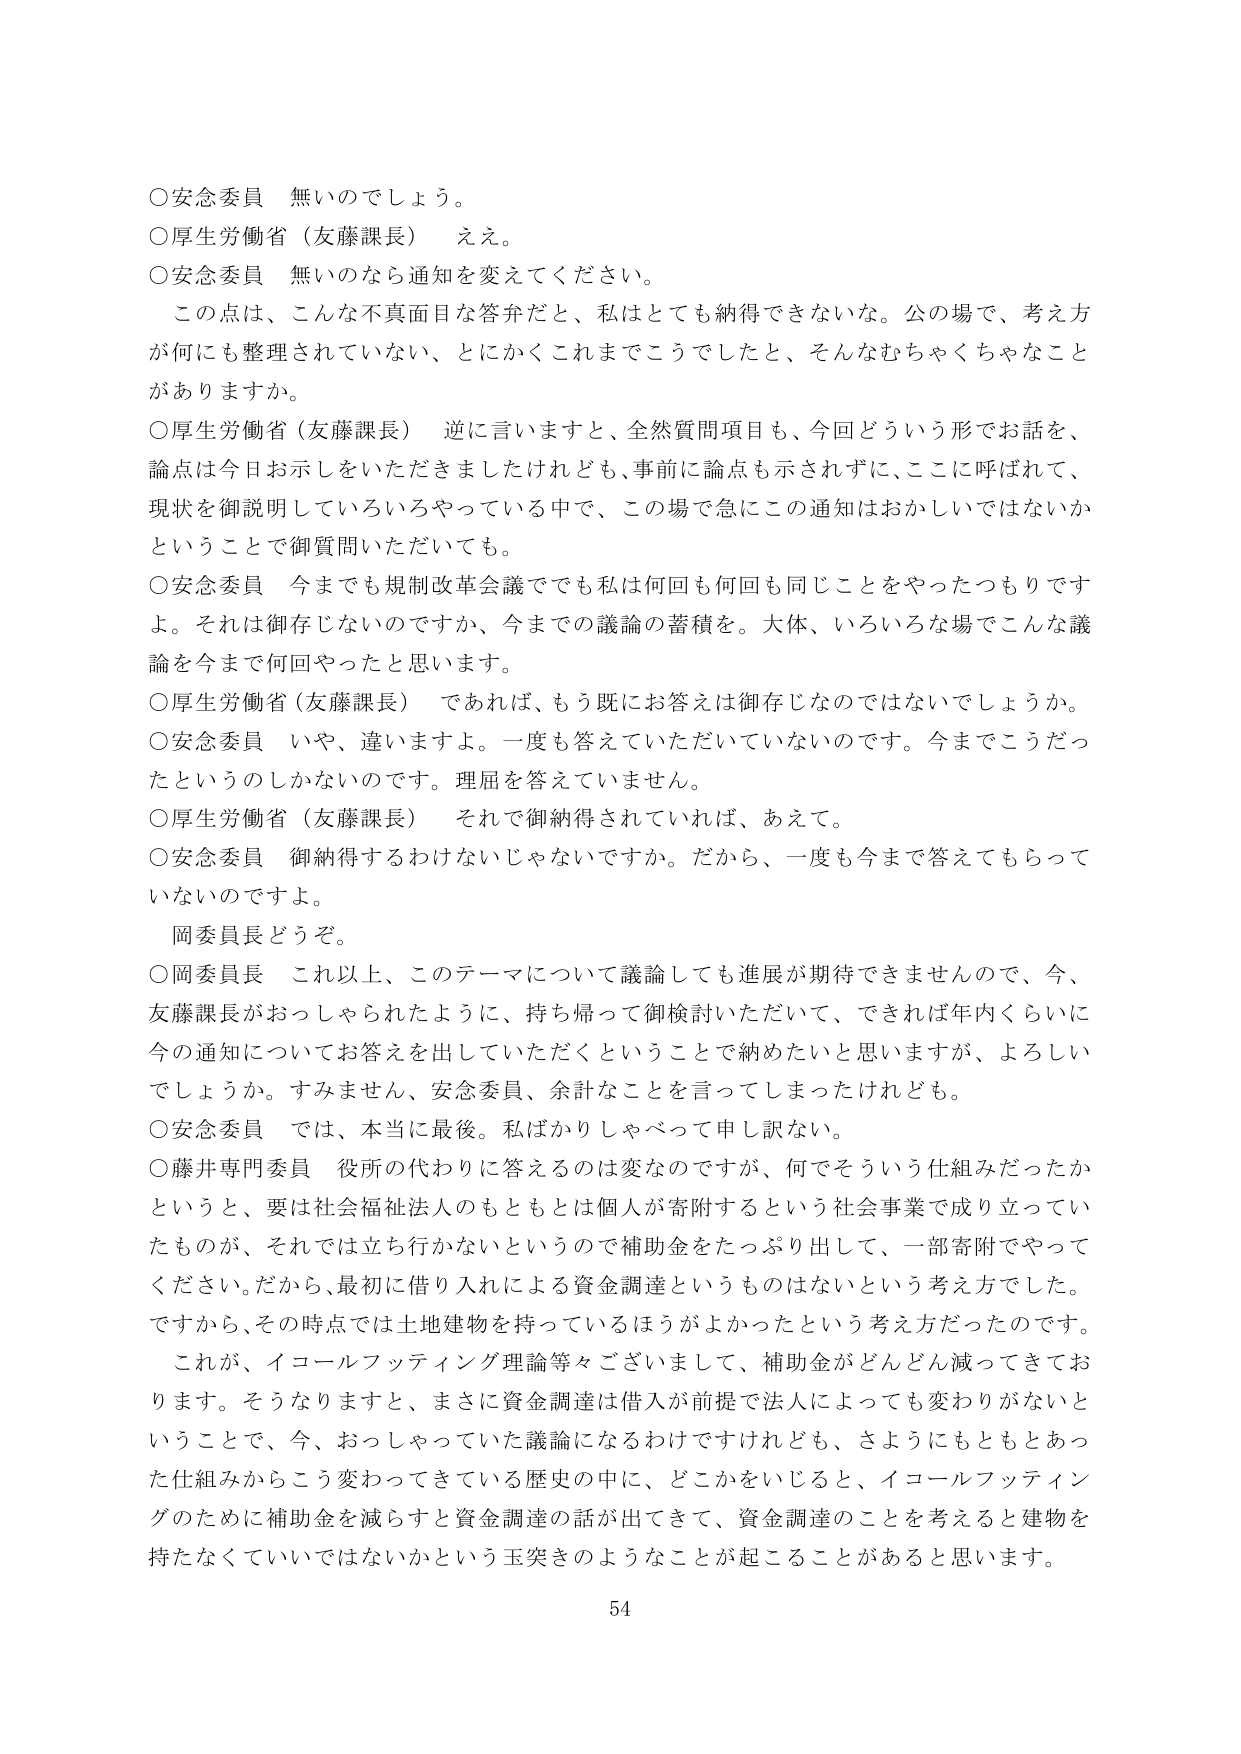
○安念委員　無いのでしょう。
○厚生労働省（友藤課長）　ええ。
○安念委員　無いのなら通知を変えてください。
　この点は、こんな不真面目な答弁だと、私はとても納得できないな。公の場で、考え方
が何にも整理されていない、とにかくこれまでこうでしたと、そんなむちゃくちゃなこと
がありますか。
○厚生労働省（友藤課長）　逆に言いますと、全然質問項目も、今回どういう形でお話を、
論点は今日お示しをいただきましたけれども、事前に論点も示されずに、ここに呼ばれて、
現状を御説明していろいろやっている中で、この場で急にこの通知はおかしいではないか
ということで御質問いただいても。
○安念委員　今までも規制改革会議でも私は何回も何回も同じことをやったつもりです
よ。それは御存じないのですか、今までの議論の蓄積を。大体、いろいろな場でこんな議
論を今まで何回やったと思います。
○厚生労働省（友藤課長）　であれば、もう既にお答えは御存じなのではないでしょうか。
○安念委員　いや、違いますよ。一度も答えていただいていないのです。今までこうだっ
たというのしかないのです。理屈を答えていません。
○厚生労働省（友藤課長）　それで御納得されていれば、あえて。
○安念委員　御納得するわけないじゃないですか。だから、一度も今まで答えてもらって
いないのですよ。
　岡委員長どうぞ。
○岡委員長　これ以上、このテーマについて議論しても進展が期待できませんので、今、
友藤課長がおっしゃられたように、持ち帰って御検討いただいて、できれば年内くらいに
今の通知についてお答えを出していただくということで納めたいと思いますが、よろしい
でしょうか。すみません、安念委員、余計なことを言ってしまったけれども。
○安念委員　では、本当に最後。私ばかりしゃべって申し訳ない。
○藤井専門委員　役所の代わりに答えるのは変なのですが、何でそういう仕組みだったか
というと、要は社会福祉法人のもともとは個人が寄附するという社会事業で成り立ってい
たものが、それでは立ち行かないというので補助金をたっぷり出して、一部寄附でやって
ください。だから、最初に借り入れによる資金調達というものはないという考え方でした。
ですから、その時点では土地建物を持っているほうがよかったという考え方だったのです。
　これが、イコールフッティング理論等々ございまして、補助金がどんどん減ってきてお
ります。そうなりますと、まさに資金調達は借入が前提で法人によっても変わりがないと
いうことで、今、おっしゃっていた議論になるわけですけれども、さようにもともとあっ
た仕組みからこう変わってきている歴史の中に、どこかをいじると、イコールフッティン
グのために補助金を減らすと資金調達の話が出てきて、資金調達のことを考えると建物を
持たなくていいではないかという玉突きのようなことが起こることがあると思います。
54